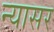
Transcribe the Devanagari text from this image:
न्यासर